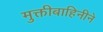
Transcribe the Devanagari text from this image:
मुक्तीबाहिनीने